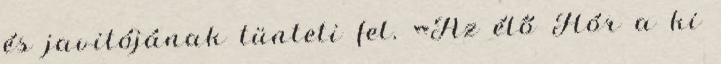
és javitójának tünteti fel. «Az élő Hór a ki